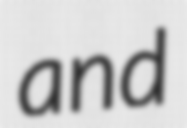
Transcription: and